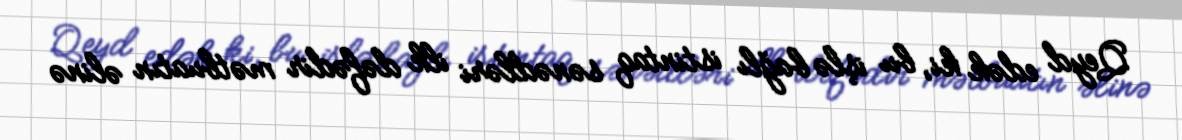
Qeyd edək ki, bu işlə bağlı istintaq sənədləri ilk dəfədir mətbuatın əlinə